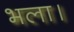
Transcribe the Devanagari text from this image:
भला।